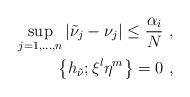
LaTeX: \begin{align*}\sup_{j=1,\ldots,n}|\tilde\nu_j-\nu_j|\leq \frac{\alpha_i}{N}\ , \\\left\{h_{\tilde \nu};\xi^l\eta^m\right\}=0\ ,\end{align*}